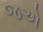
જએ